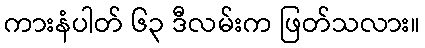
ကားနံပါတ် ၆၃ ဒီလမ်းက ဖြတ်သလား။